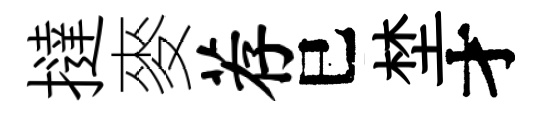
撻麥荐巳埜才